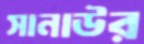
সানাউর